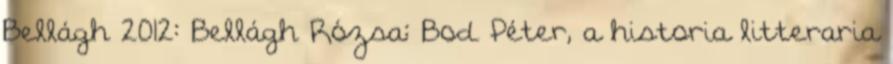
Bellágh 2012: Bellágh Rózsa: Bod Péter, a historia litteraria